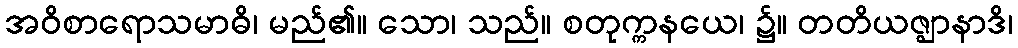
အဝိစာရောသမာဓိ၊ မည်၏။ သော၊ သည်။ စတုက္ကနယေ၊ ၌။ တတိယဇ္ဈာနာဒိ၊